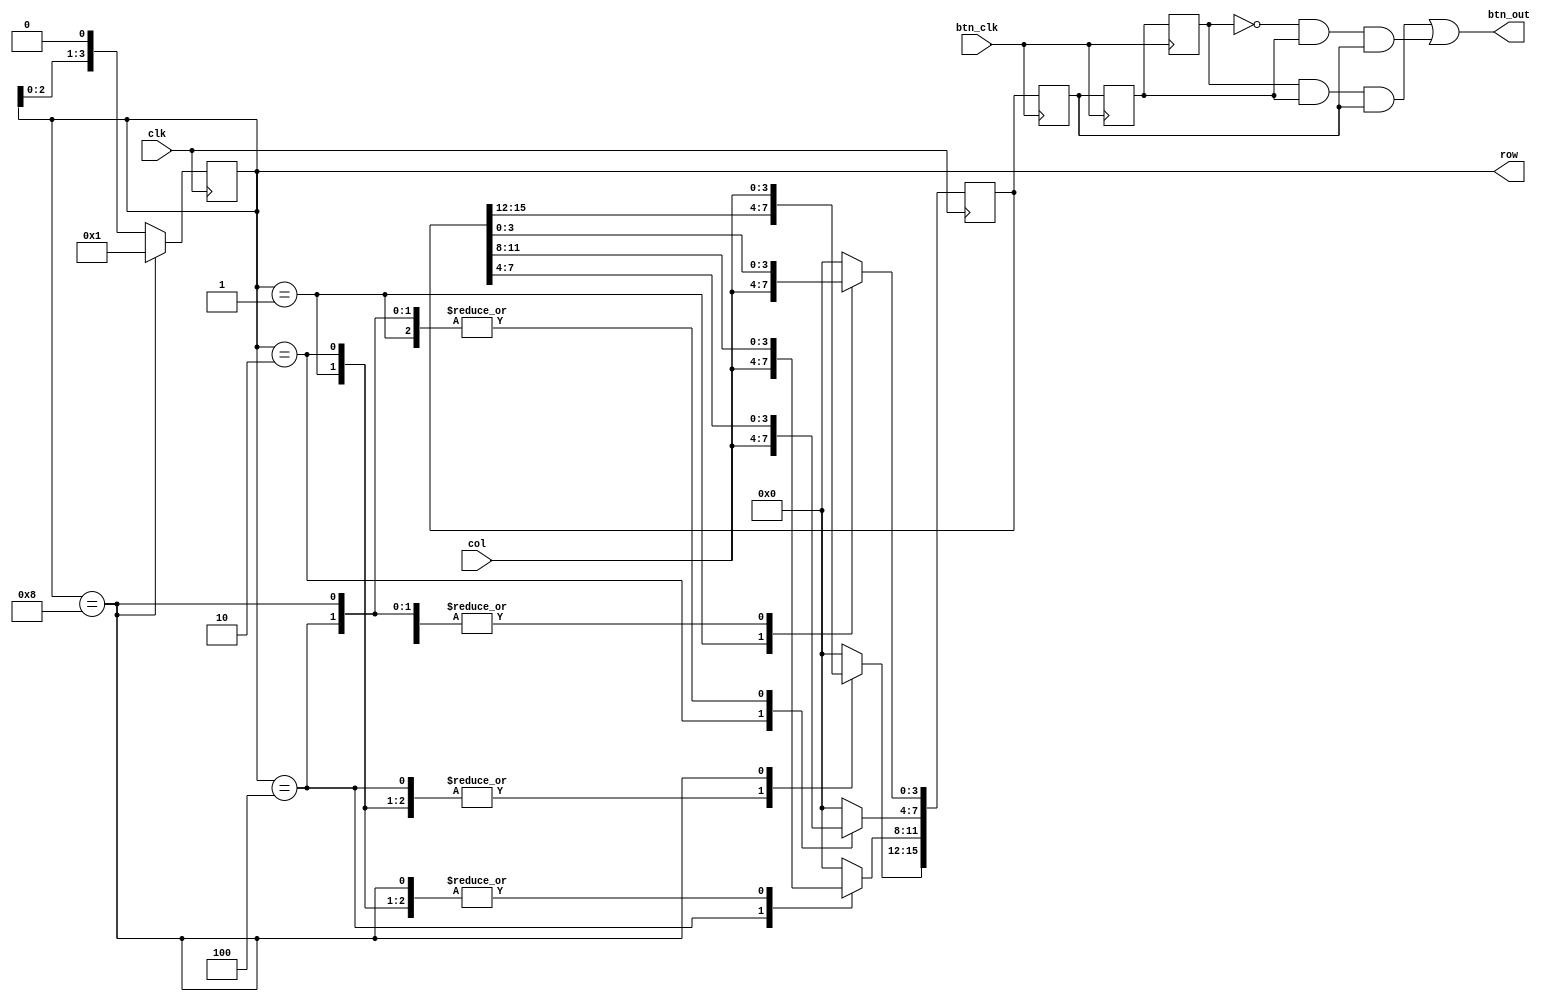
module v_ajxd(
    input clk,
    input btn_clk,
    input [3:0] col,
    output [3:0] row,
    output [15:0] btn_out
    );
    reg[15:0] btn=0;    
    reg[15:0] btn0=0;
    reg[15:0] btn1=0;
    reg[15:0] btn2=0;
    reg[3:0] row=4'b0001;
    always @ (posedge clk)
    begin
    	if (row[3:0]==4'b1000)
    	    row[3:0]=4'b0001;
    	else
    		row[3:0]=row[3:0]<<1; 
  		     
    end    
    always @ (negedge clk)
    begin
        case (row[3:0])
    	4'b0001:
    	   begin
    	   		btn[3:0]=col;
    	   end
    	4'b0010:
    	   begin
    	      	btn[7:4]=col;
    	   end
    	4'b0100:
    	   begin
    	        btn[11:8]=col;
    	   end
    	4'b1000:
    	   begin
    	        btn[15:12]=col;
    	   end 
    	default:btn=0;   		   
        endcase
    end  
    assign btn_out=(btn2&btn1&btn0)|(~btn2&btn1&btn0);
       
    always@ (posedge btn_clk)
    begin
        btn0<=btn;
        btn1<=btn0;
        btn2<=btn1;
    end
endmodule